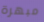
مبهرة